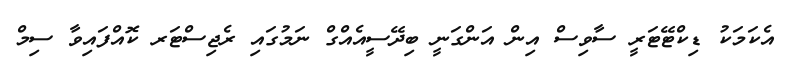
އެކަމަކު ޑިކްޓޭޓަރީ ސާވިސް އިން އަންގަނީ ބިދޭސީއެއްގް ނަމުގައި ރެޖިސްޓަރ ކޮއްފައިވާ ސިމް